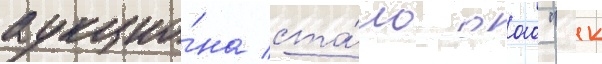
аукцио́на ста́ло оао "нк